Scottish Certificate of Education, 1963
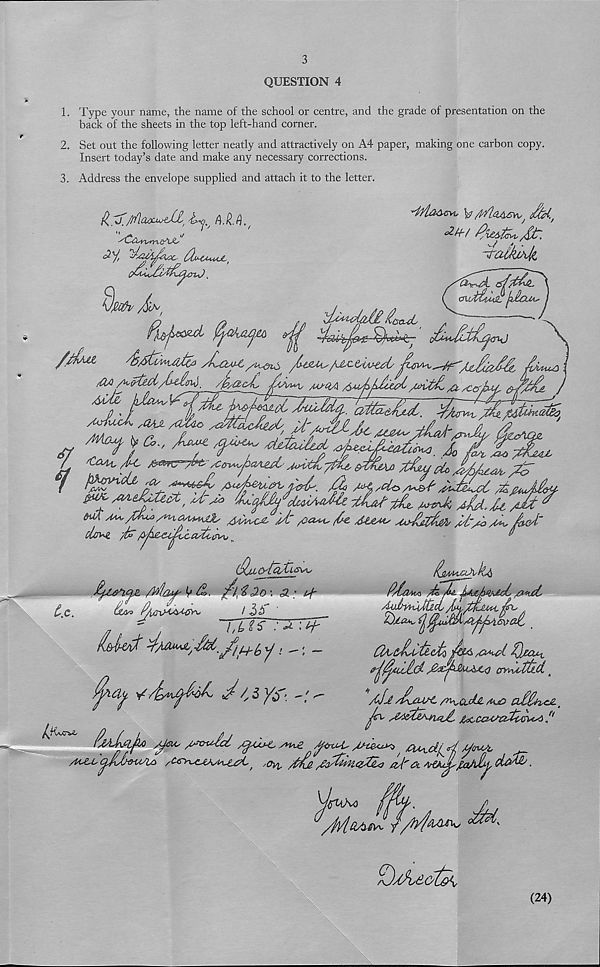
3
QUESTION 4
1. Type your name, the name of the school or centre, and the grade of presentation on the
back of the sheets in the top left-hand corner.
2. Set out the following letter neatly and attractively on A4 paper, making one carbon copy.
Insert today’s date and make any necessary corrections.
3. Address the envelope supplied and attach it to the letter.
-j'alkjLhJ/i
cruj£tMSi (dfeu**'
/UxoiPt/(l££M.,sf^Ct/ivttC
AA
_ /jk'O&L
s<WL,<2^^
2^/UrtM, A/
2, /?.
A.'CO'/
jCdtcMa^
2//
f*- ^j&iez-xzESt,
sGtO/1*&T /frUt&i^cC
Mt^k AJU' Jk A&t ^
t.c.
^ ^eyyu.ov f ^ ^
m^K AdM A&t
m
/Ch^/nxauwlh' AAvu^C U"
fa ,<kJZMs
fa /fa
den*#, fa
^
(/jAofaXi^
tfanfn fal&tf*b d. /i 2 Jo \ j : ^
ofa
1 2 *•"
f /f2yV\J^fa/*i
KjMM&Jvfa
rAjiMA /k, fa fa&faucL
AifayfalcL fafauiu, fa .
faaM, ^/faidsPt^fafafa
CfaeJiulcM /faydfa. /fa t
/^ifad- A^/AmAjCsQ
t
All/faux, ^koJj, Auo afface.
jfa AActfalfa, J^CU'iffai&Us6 !'
CCjJifauAo
/fUM
' fayfk ^U4\s
( Dfado£fa
(24)